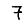
Digit: 7